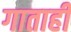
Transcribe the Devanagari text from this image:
गाताही